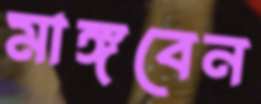
মাঙ্গবেন